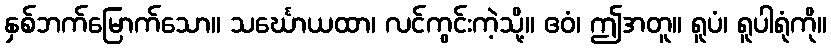
နှစ်ဘက်မြောက်သော။ သင်္ဃောယထာ၊ လင်ကွင်းကဲ့သို့။ ဧဝံ၊ ဤအတူ။ ရူပံ၊ ရူပါရုံကို။